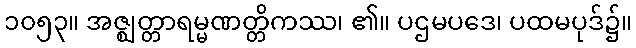
၁၀၅၃။ အဇ္ဈတ္တာရမ္မဏတ္တိကဿ၊ ၏။ ပဌမပဒေ၊ ပထမပုဒ်၌။